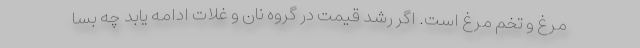
مرغ و تخم مرغ است. اگر رشد قيمت در گروه نان و غلات ادامه يابد چه بسا